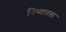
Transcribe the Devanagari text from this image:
निष्णातता